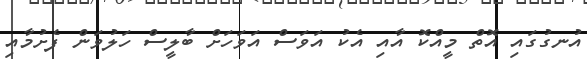
އުނގުގައި އޮތް މީއްކޮ އާއި އެކު އަވަސް އަވަހަށް ބާލީސް ހަލުވަން ފެށުމާއި